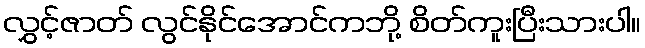
လွှင့်ဇာတ် လွင်နိုင်အောင်ကဘို့ စိတ်ကူးပြီးသားပါ။